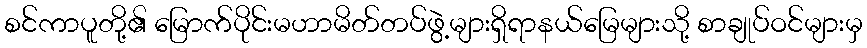
စင်ကာပူတို့၏ မြောက်ပိုင်းမဟာမိတ်တပ်ဖွဲ့များရှိရာနယ်မြေများသို့ စာချုပ်ဝင်များမှ